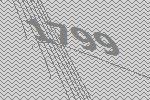
1799